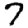
Digit: 7